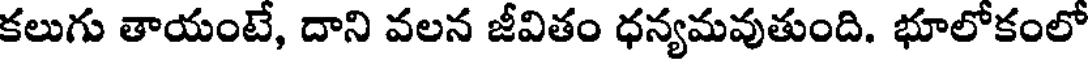
కలుగు తాయంటే, దాని వలన జీవితం ధన్యమవుతుంది. భూలోకంలో